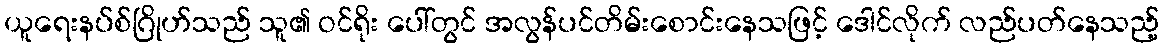
ယူရေးနပ်စ်ဂြိုဟ်သည် သူ၏ ဝင်ရိုး ပေါ်တွင် အလွန်ပင်တိမ်းစောင်းနေသဖြင့် ဒေါင်လိုက် လည်ပတ်နေသည့်